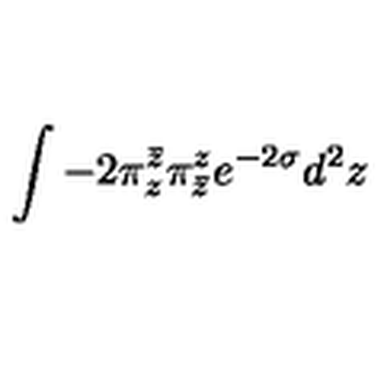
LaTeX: \int - 2 \pi _ { z } ^ { \bar { z } } \pi _ { \bar { z } } ^ { z } e ^ { - 2 \sigma } d ^ { 2 } z